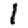
Digit: 1